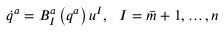
\dot { q } ^ { a } = B _ { I } ^ { a } \left( q ^ { a } \right) u ^ { I } , \ \ I = \bar { m } + 1 , \ldots , n